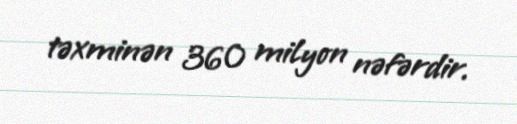
təxminən 360 milyon nəfərdir.